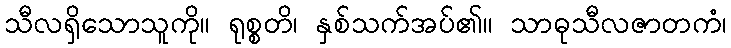
သီလရှိသောသူကို။ ရုစ္စတိ၊ နှစ်သက်အပ်၏။ သာဓုသီလဇာတကံ၊